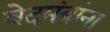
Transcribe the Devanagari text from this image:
वेदमंत्रांना